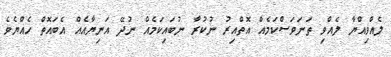
ލެއްވިއްޔާ ލެއްވި ތަނަވަސްކަމެއް އޮތްއިރު ނުކުރާ ނުބައިކަމެއް ނުދޭ އަނިޔާއެއް އެބައޮތް ހެއްޔެވެ